Malaria in the Andamans - Number 56
Disease focus: Malaria
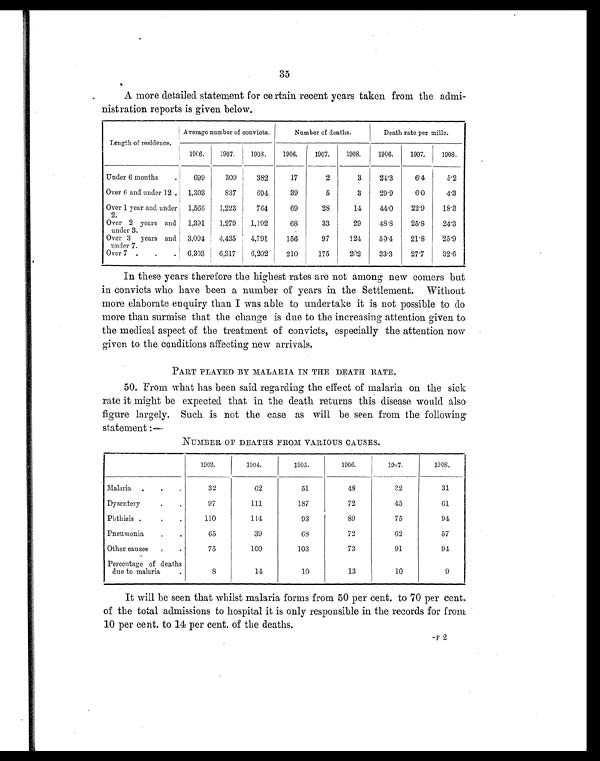
35
A more detailed statement for certain recent years taken from the admi-
nistration reports is given below.
Length of residence.
Average number of convicts.
Number of deaths.
Death rate per mille.
1906. 1907.
1 9 0 8 .
1 9 0 6 .
1 9 0 7 .
1908. 1906. 1907. 1908.
Under 6 months
699
309
3 8 2
1 7
2 3
24.3 6.4
5.2
Over 6 and under 12. 1,303 837
6 9 4
3 9
5 3
29.9 6.0
4.3
Over 1 year and under
2 .
1,566 1,223
7 6 4
6 9
2 8
14
44.0 22.9 18.3
Over 2 years and
under 3.
1,391 1,279
1 , 1 9 2
6 8
3 3
29
48.8 25.8 24.3
Over 3 years and
under 7.
3,094 4,435
4 , 7 9 1
1 5 6
9 7
124 50.4 21.8 25.9
Over 7
6,303 6,317
6 , 2 0 2
2 1 0
1 7 5
202 33.3 27.7 32.6
In these years therefore the highest rates are not among new comers but
in convicts who have been a number of years in the Settlement. Without
more elaborate enquiry than I was able to undertake it is not possible to do
more than surmise that the change is due to the increasing attention given to
the medical aspect of the treatment of convicts, especially the attention now
given to the conditions affecting new arrivals.
PART PLAYED BY MALARIA IN THE DEATH RATE.
50. From what has been said regarding the effect of malaria on the sick
rate it might be expected that in the death returns this disease would also
figure largely. Such is not the case as will be seen from the following
statement:—
NUMBER OF DEATHS FROM VARIOUS CAUSES.
1903.
1904.
1905.
1906.
1907.
1908.
Malaria .
.
.
32
62
51
48
32
31
Dysentery
.
.
97
111
187
72
45
61
Phthisis .
.
.
110
114
93
89
75
94
Pneumonia
.
. .
65
39
68
72
62
57
Other causes
. .
75
100
103
73
91
94
Percentage of deaths
due to malaria
.
8
14
10
13
10
9
It will be seen that whilst malaria forms from 50 per cent. to 70 per cent.
of the total admissions to hospital it is only responsible in the records for from
10 per cent. to 14 per cent. of the deaths.
F2